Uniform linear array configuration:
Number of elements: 8
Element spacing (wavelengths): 1
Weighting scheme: hann
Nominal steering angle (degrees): -15
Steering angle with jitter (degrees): -15.212
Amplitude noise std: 0.05
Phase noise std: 0.05

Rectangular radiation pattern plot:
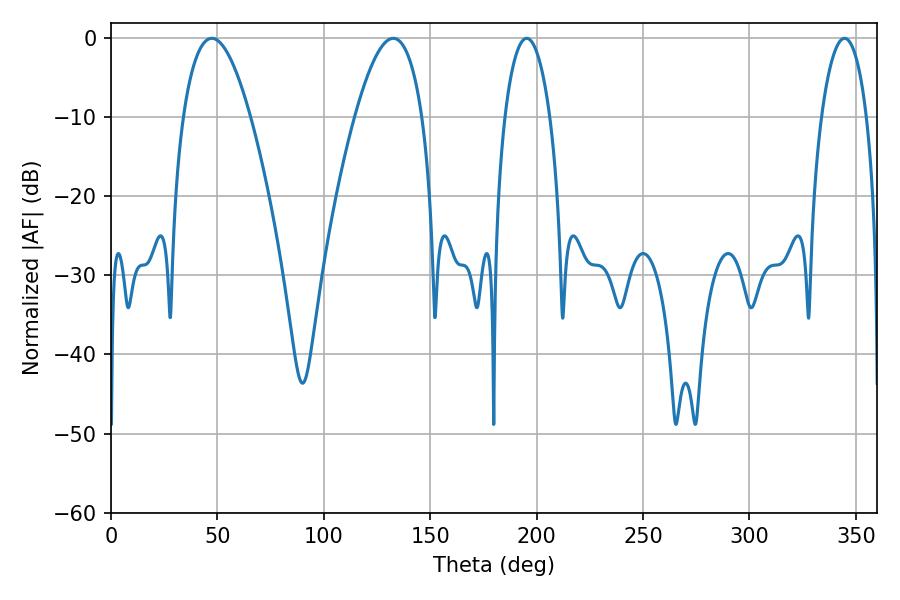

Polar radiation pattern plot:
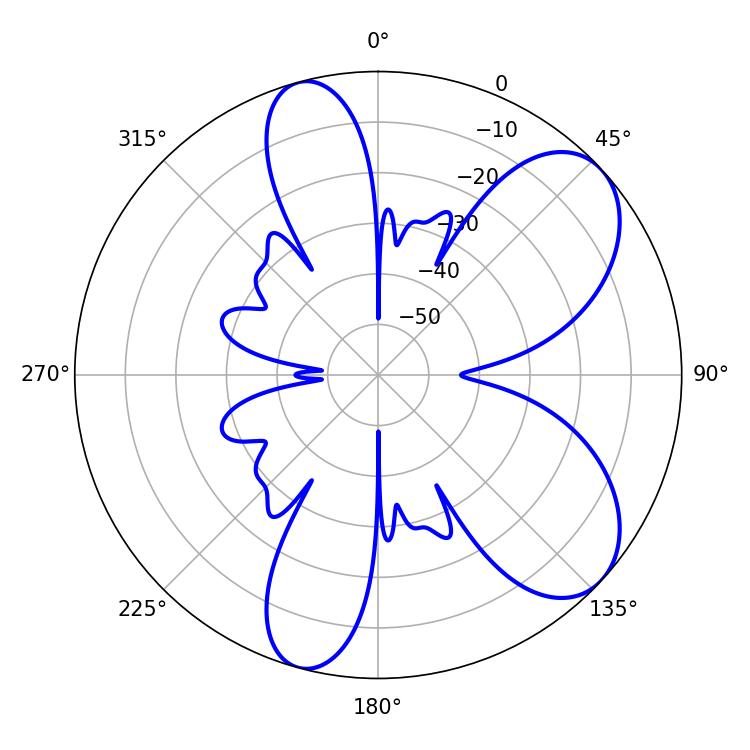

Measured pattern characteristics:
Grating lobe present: TRUE
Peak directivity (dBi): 7.378
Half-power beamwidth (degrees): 11.88
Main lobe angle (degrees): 195.3